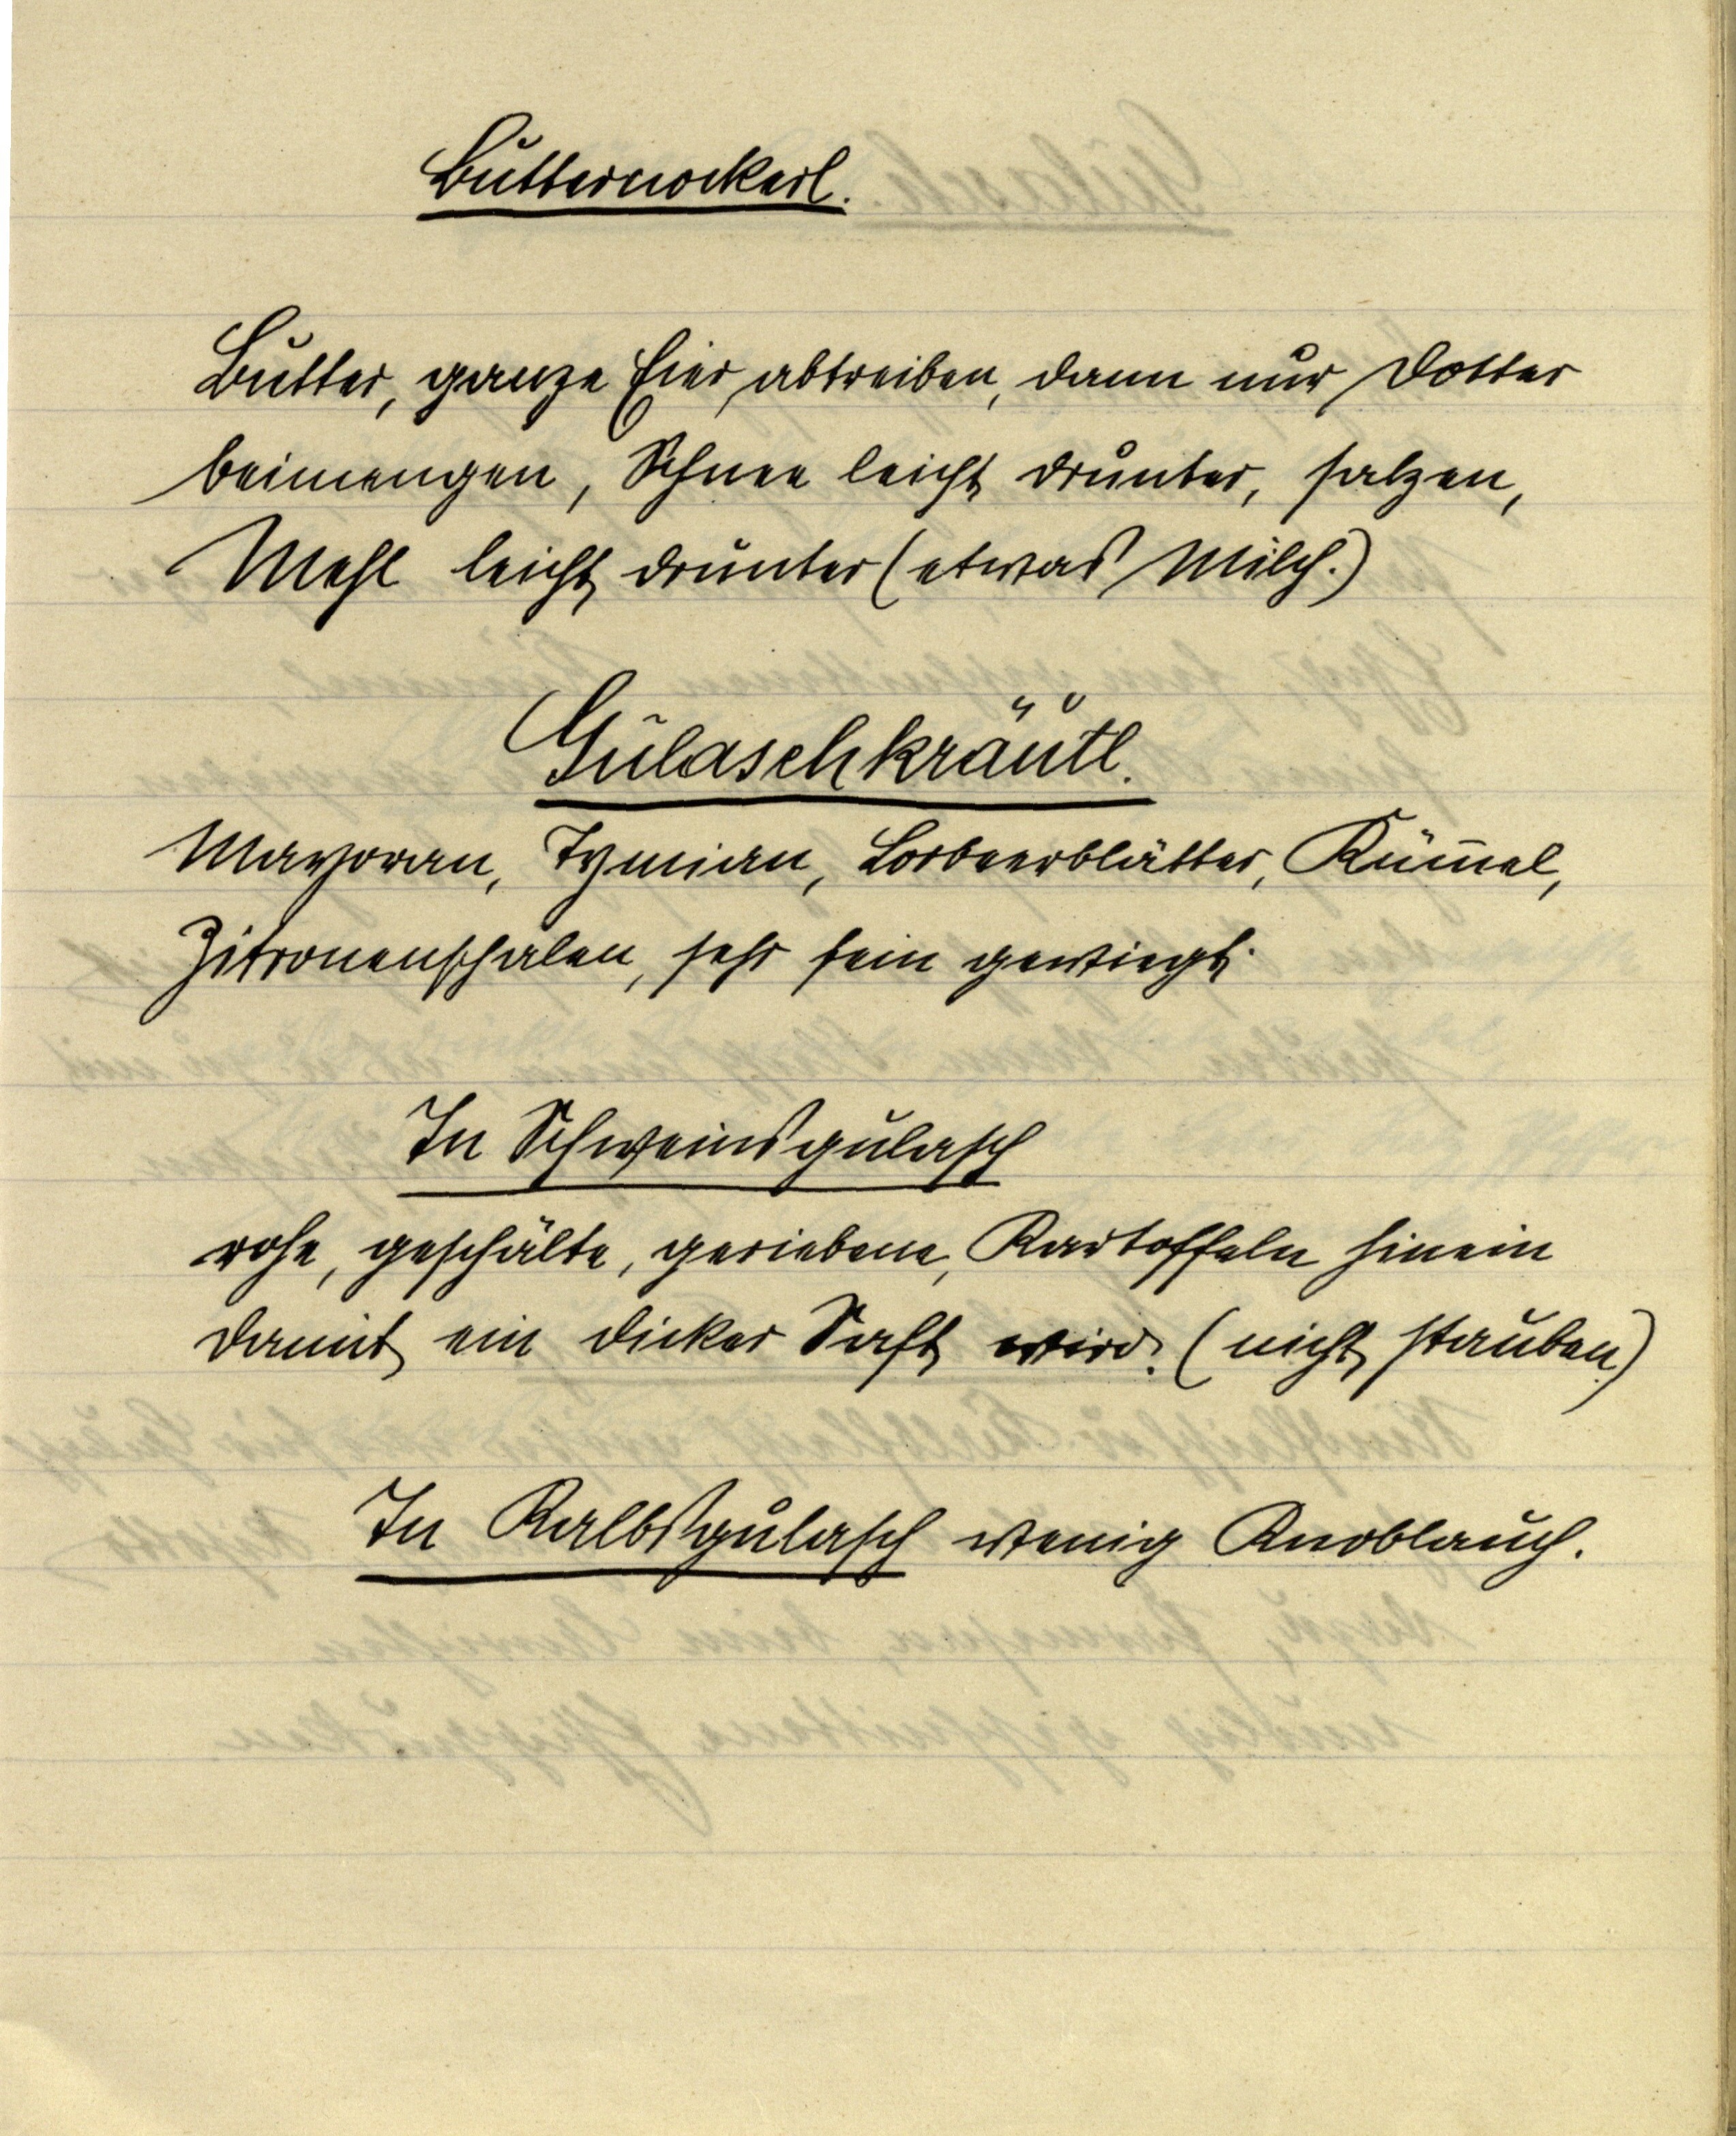
Butternockerl.

Butter, ganze Eier, dann nur Dotter
beimengen, Schnee leicht drunter, salzen,
Mehl leicht drunter (etwas Milch.)

Gulaschkräutl.
Mayoran, Tymian, Lorbeerblätter, Kümmel,
Zitronenschalen, sehr fein gewiegt.

In Schweinsgulasch
rohe, geschälte, geriebene, Kartoffeln hinein
damit ein dicker Saft wird. (nicht stauben)

In Kalbsgulasch wenig Knoblauch.